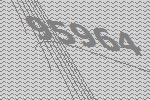
95964